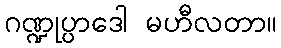
ဂဏ္ဍုပ္ပာဒေါ မဟီလတာ။